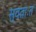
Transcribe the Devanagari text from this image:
स्वताःत